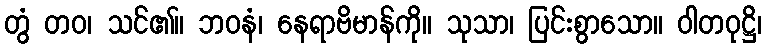
တွံ တဝ၊ သင်၏။ ဘဝနံ၊ နေရာဗိမာန်ကို။ သုသာ၊ ပြင်းစွာသော။ ဝါတဝုဋ္ဌိ၊